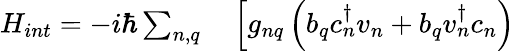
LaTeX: \begin{array}{rl}{H_{int}=-i\hbar\sum_{n,q}}&{{}\left[g_{nq}\left(b_{q}c_{n}^{\dagger}v_{n}+b_{q}v_{n}^{\dagger}c_{n}\right)\right.}\end{array}